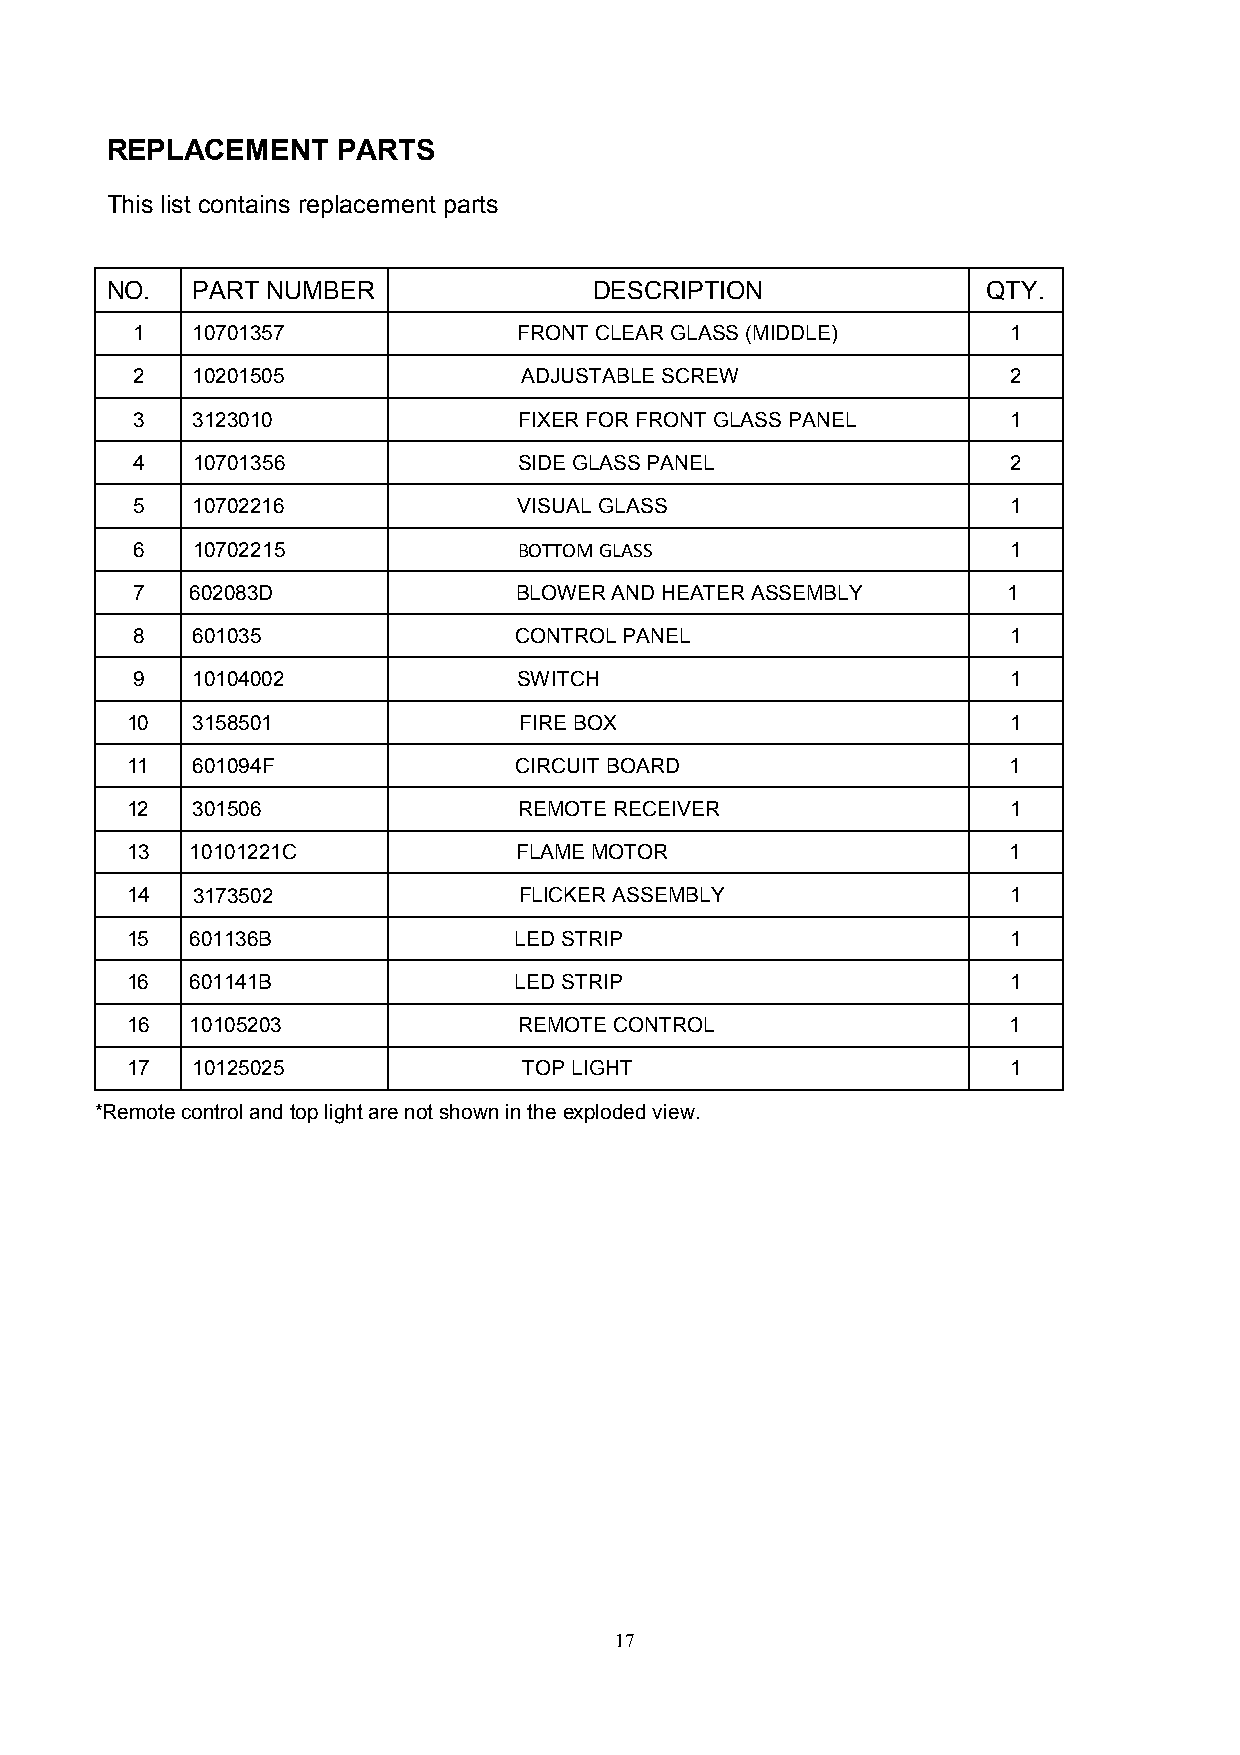
REPLACEMENT    PARTS
 This list contains replacement parts
 NO.   PART NUMBER               DESCRIPTION               QTY.
 1   10701357             FRONT CLEAR GLASS (MIDDLE)       1
 2   10201505              ADJUSTABLE SCREW                2
 3   3123010              FIXER FOR FRONT GLASS PANEL      1
 4   10701356             SIDE GLASS PANEL                 2
 5   10702216             VISUAL GLASS                     1
 6   10702215             BOTTOM GLASS                     1
 7   602083D              BLOWER AND HEATER ASSEMBLY       1
 8   601035               CONTROL PANEL                    1
 9   10104002             SWITCH                           1
 10   3158501              FIRE BOX                         1
 11   601094F              CIRCUIT BOARD                    1
 12   301506               REMOTE RECEIVER                  1
 13   10101221C            FLAME MOTOR                      1
 14   3173502              FLICKER ASSEMBLY                 1
 15   601136B              LED STRIP                        1
 16   601141B              LED STRIP                        1
 16   10105203             REMOTE CONTROL                   1
 17   10125025              TOP LIGHT                       1
 *Remote control and top light are not shown in the exploded view.
 17